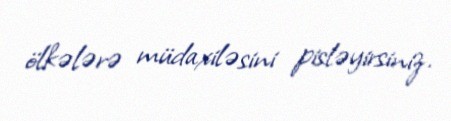
ölkələrə müdaxiləsini pisləyirsiniz.